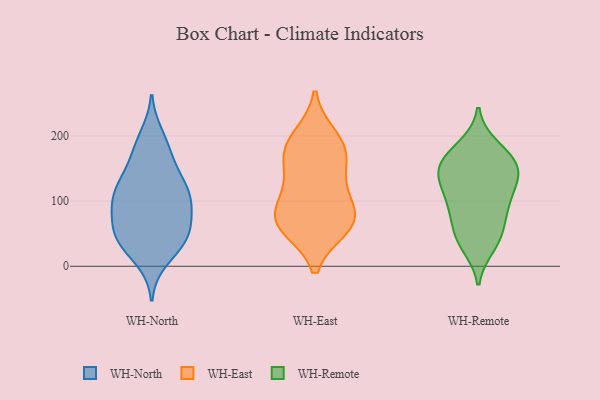
{"axis": {"x": "Energy Usage (MWh)", "y": "Value"}, "legend": ["WH-East", "WH-North", "WH-Remote"], "data": [{"x": "", "y": 50, "type": "WH-North"}, {"x": "", "y": 176, "type": "WH-North"}, {"x": "", "y": 130, "type": "WH-North"}, {"x": "", "y": 92, "type": "WH-North"}, {"x": "", "y": 103, "type": "WH-North"}, {"x": "", "y": 53, "type": "WH-North"}, {"x": "", "y": 107, "type": "WH-North"}, {"x": "", "y": 37, "type": "WH-North"}, {"x": "", "y": 54, "type": "WH-North"}, {"x": "", "y": 98, "type": "WH-North"}, {"x": "", "y": 142, "type": "WH-North"}, {"x": "", "y": 42, "type": "WH-North"}, {"x": "", "y": 108, "type": "WH-North"}, {"x": "", "y": 11, "type": "WH-North"}, {"x": "", "y": 180, "type": "WH-North"}, {"x": "", "y": 199, "type": "WH-North"}, {"x": "", "y": 129, "type": "WH-North"}, {"x": "", "y": 76, "type": "WH-North"}, {"x": "", "y": 34, "type": "WH-North"}, {"x": "", "y": 60, "type": "WH-East"}, {"x": "", "y": 198, "type": "WH-East"}, {"x": "", "y": 130, "type": "WH-East"}, {"x": "", "y": 63, "type": "WH-East"}, {"x": "", "y": 113, "type": "WH-East"}, {"x": "", "y": 72, "type": "WH-East"}, {"x": "", "y": 181, "type": "WH-East"}, {"x": "", "y": 178, "type": "WH-East"}, {"x": "", "y": 78, "type": "WH-East"}, {"x": "", "y": 72, "type": "WH-East"}, {"x": "", "y": 165, "type": "WH-East"}, {"x": "", "y": 30, "type": "WH-Remote"}, {"x": "", "y": 153, "type": "WH-Remote"}, {"x": "", "y": 76, "type": "WH-Remote"}, {"x": "", "y": 131, "type": "WH-Remote"}, {"x": "", "y": 178, "type": "WH-Remote"}, {"x": "", "y": 79, "type": "WH-Remote"}, {"x": "", "y": 185, "type": "WH-Remote"}, {"x": "", "y": 171, "type": "WH-Remote"}, {"x": "", "y": 103, "type": "WH-Remote"}, {"x": "", "y": 143, "type": "WH-Remote"}, {"x": "", "y": 38, "type": "WH-Remote"}, {"x": "", "y": 41, "type": "WH-Remote"}, {"x": "", "y": 56, "type": "WH-Remote"}, {"x": "", "y": 102, "type": "WH-Remote"}, {"x": "", "y": 128, "type": "WH-Remote"}, {"x": "", "y": 151, "type": "WH-Remote"}, {"x": "", "y": 146, "type": "WH-Remote"}, {"x": "", "y": 153, "type": "WH-Remote"}, {"x": "", "y": 101, "type": "WH-Remote"}]}